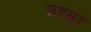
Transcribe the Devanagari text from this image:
सहस्रर